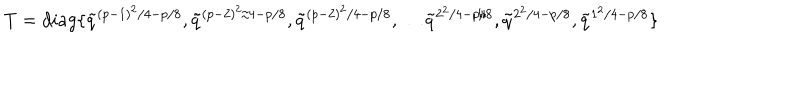
LaTeX: T = d i a g \{ \tilde { q } ^ { ( p - 1 ) ^ { 2 } / 4 - p / 8 } , \tilde { q } ^ { ( p - 2 ) ^ { 2 } / 4 - p / 8 } , \tilde { q } ^ { ( p - 2 ) ^ { 2 } / 4 - p / 8 } , \ldots \tilde { q } ^ { 2 ^ { 2 } / 4 - p / 8 } , \tilde { q } ^ { 2 ^ { 2 } / 4 - p / 8 } , \tilde { q } ^ { 1 ^ { 2 } / 4 - p / 8 } \}